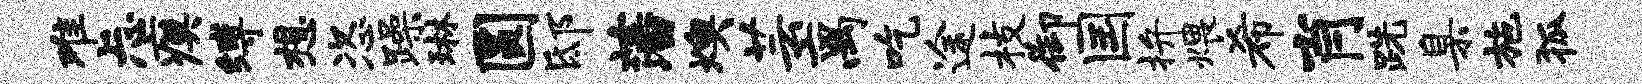
难忐瘼缚想恣躁琳圆邸藩燠芸离吃途枝御国拚煨希肖跣臬施狐